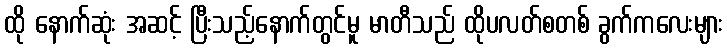
ထို နောက်ဆုံး အဆင့် ပြီးသည့်နောက်တွင်မူ မာတီသည် ထိုပလတ်စတစ် ခွက်ကလေးများ